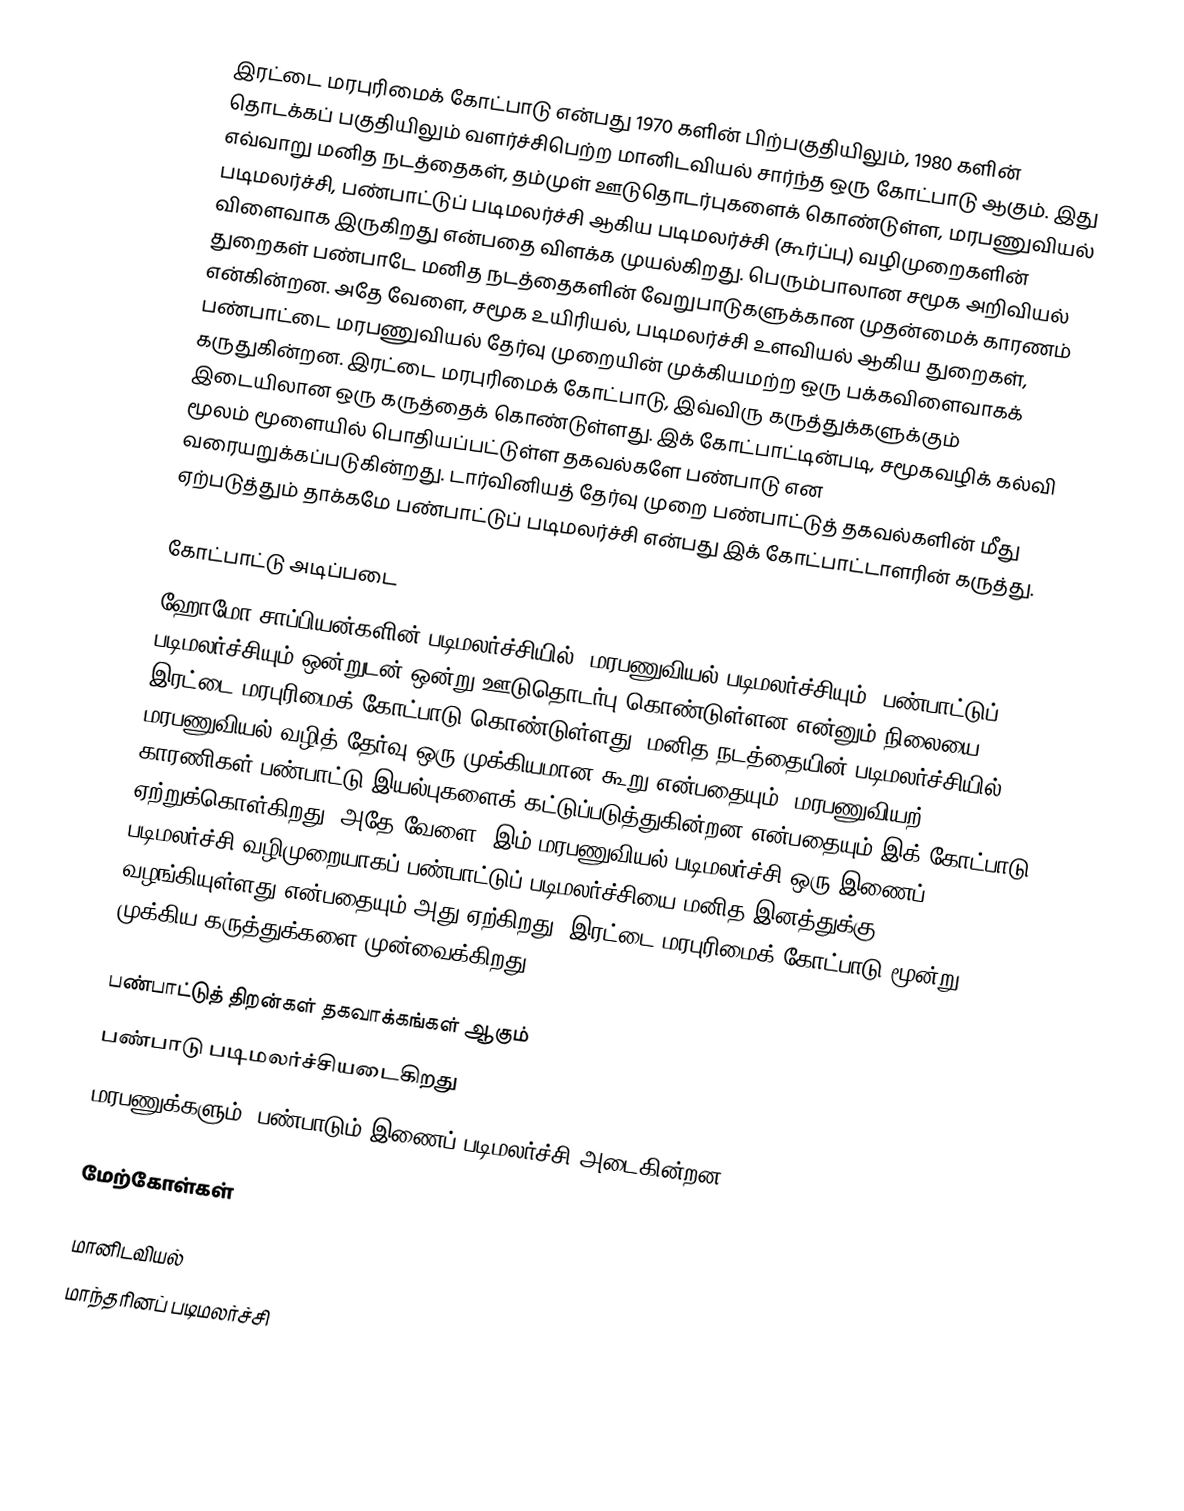
இரட்டை மரபுரிமைக் கோட்பாடு என்பது 1970 களின் பிற்பகுதியிலும், 1980 களின் தொடக்கப் பகுதியிலும் வளர்ச்சிபெற்ற மானிடவியல் சார்ந்த ஒரு கோட்பாடு ஆகும். இது எவ்வாறு மனித நடத்தைகள், தம்முள் ஊடுதொடர்புகளைக் கொண்டுள்ள, மரபணுவியல் படிமலர்ச்சி, பண்பாட்டுப் படிமலர்ச்சி ஆகிய படிமலர்ச்சி (கூர்ப்பு) வழிமுறைகளின் விளைவாக இருகிறது என்பதை விளக்க முயல்கிறது. பெரும்பாலான சமூக அறிவியல் துறைகள் பண்பாடே மனித நடத்தைகளின் வேறுபாடுகளுக்கான முதன்மைக் காரணம் என்கின்றன. அதே வேளை, சமூக உயிரியல், படிமலர்ச்சி உளவியல் ஆகிய துறைகள், பண்பாட்டை மரபணுவியல் தேர்வு முறையின் முக்கியமற்ற ஒரு பக்கவிளைவாகக் கருதுகின்றன. இரட்டை மரபுரிமைக் கோட்பாடு, இவ்விரு கருத்துக்களுக்கும் இடையிலான ஒரு கருத்தைக் கொண்டுள்ளது. இக் கோட்பாட்டின்படி, சமூகவழிக் கல்வி மூலம் மூளையில் பொதியப்பட்டுள்ள தகவல்களே பண்பாடு என வரையறுக்கப்படுகின்றது. டார்வினியத் தேர்வு முறை பண்பாட்டுத் தகவல்களின் மீது ஏற்படுத்தும் தாக்கமே பண்பாட்டுப் படிமலர்ச்சி என்பது இக் கோட்பாட்டாளரின் கருத்து.

கோட்பாட்டு அடிப்படை
ஹோமோ சாப்பியன்களின் படிமலர்ச்சியில், மரபணுவியல் படிமலர்ச்சியும், பண்பாட்டுப் படிமலர்ச்சியும் ஒன்றுடன் ஒன்று ஊடுதொடர்பு கொண்டுள்ளன என்னும் நிலையை இரட்டை மரபுரிமைக் கோட்பாடு கொண்டுள்ளது. மனித நடத்தையின் படிமலர்ச்சியில் மரபணுவியல் வழித் தேர்வு ஒரு முக்கியமான கூறு என்பதையும், மரபணுவியற் காரணிகள் பண்பாட்டு இயல்புகளைக் கட்டுப்படுத்துகின்றன என்பதையும் இக் கோட்பாடு ஏற்றுக்கொள்கிறது. அதே வேளை, இம் மரபணுவியல் படிமலர்ச்சி ஒரு இணைப் படிமலர்ச்சி வழிமுறையாகப் பண்பாட்டுப் படிமலர்ச்சியை மனித இனத்துக்கு வழங்கியுள்ளது என்பதையும் அது ஏற்கிறது. இரட்டை மரபுரிமைக் கோட்பாடு மூன்று முக்கிய கருத்துக்களை முன்வைக்கிறது:

 பண்பாட்டுத் திறன்கள் தகவாக்கங்கள் ஆகும்
 பண்பாடு படிமலர்ச்சியடைகிறது
 மரபணுக்களும், பண்பாடும் இணைப் படிமலர்ச்சி அடைகின்றன.

மேற்கோள்கள்

மானிடவியல்
மாந்தரினப் படிமலர்ச்சி